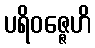
ပရိဝဇ္ဇေဟိ